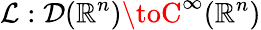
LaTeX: \mathcal{L}:{\mathcal{{D}}}(\mathbb{{R}}^{n})\toC^{\infty}(\mathbb{{R}}^{n})